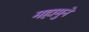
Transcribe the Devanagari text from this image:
महामुने